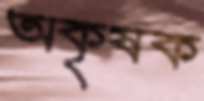
অকৃষক